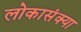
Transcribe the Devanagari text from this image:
लोकासंक्या